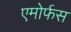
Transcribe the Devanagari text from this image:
एमोर्फस